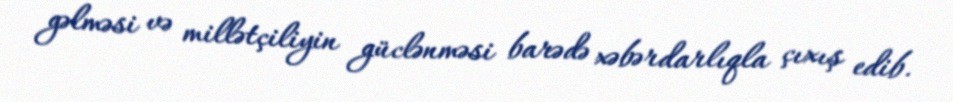
gəlməsi və millətçiliyin güclənməsi barədə xəbərdarlıqla çıxış edib.